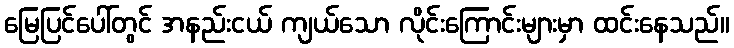
မြေပြင်ပေါ်တွင် အနည်းငယ် ကျယ်သော လိုင်းကြောင်းများမှာ ထင်းနေသည်။